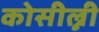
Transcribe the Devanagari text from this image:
कोसील्नी